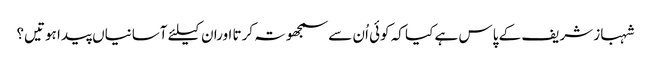
شہباز شریف کے پاس ہے کیا کہ کوئی اُن سے سمجھوتہ کرتا اوران کیلئے آسانیاں پیدا ہوتیں؟